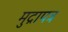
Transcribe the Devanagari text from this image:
मुद्रापत्र